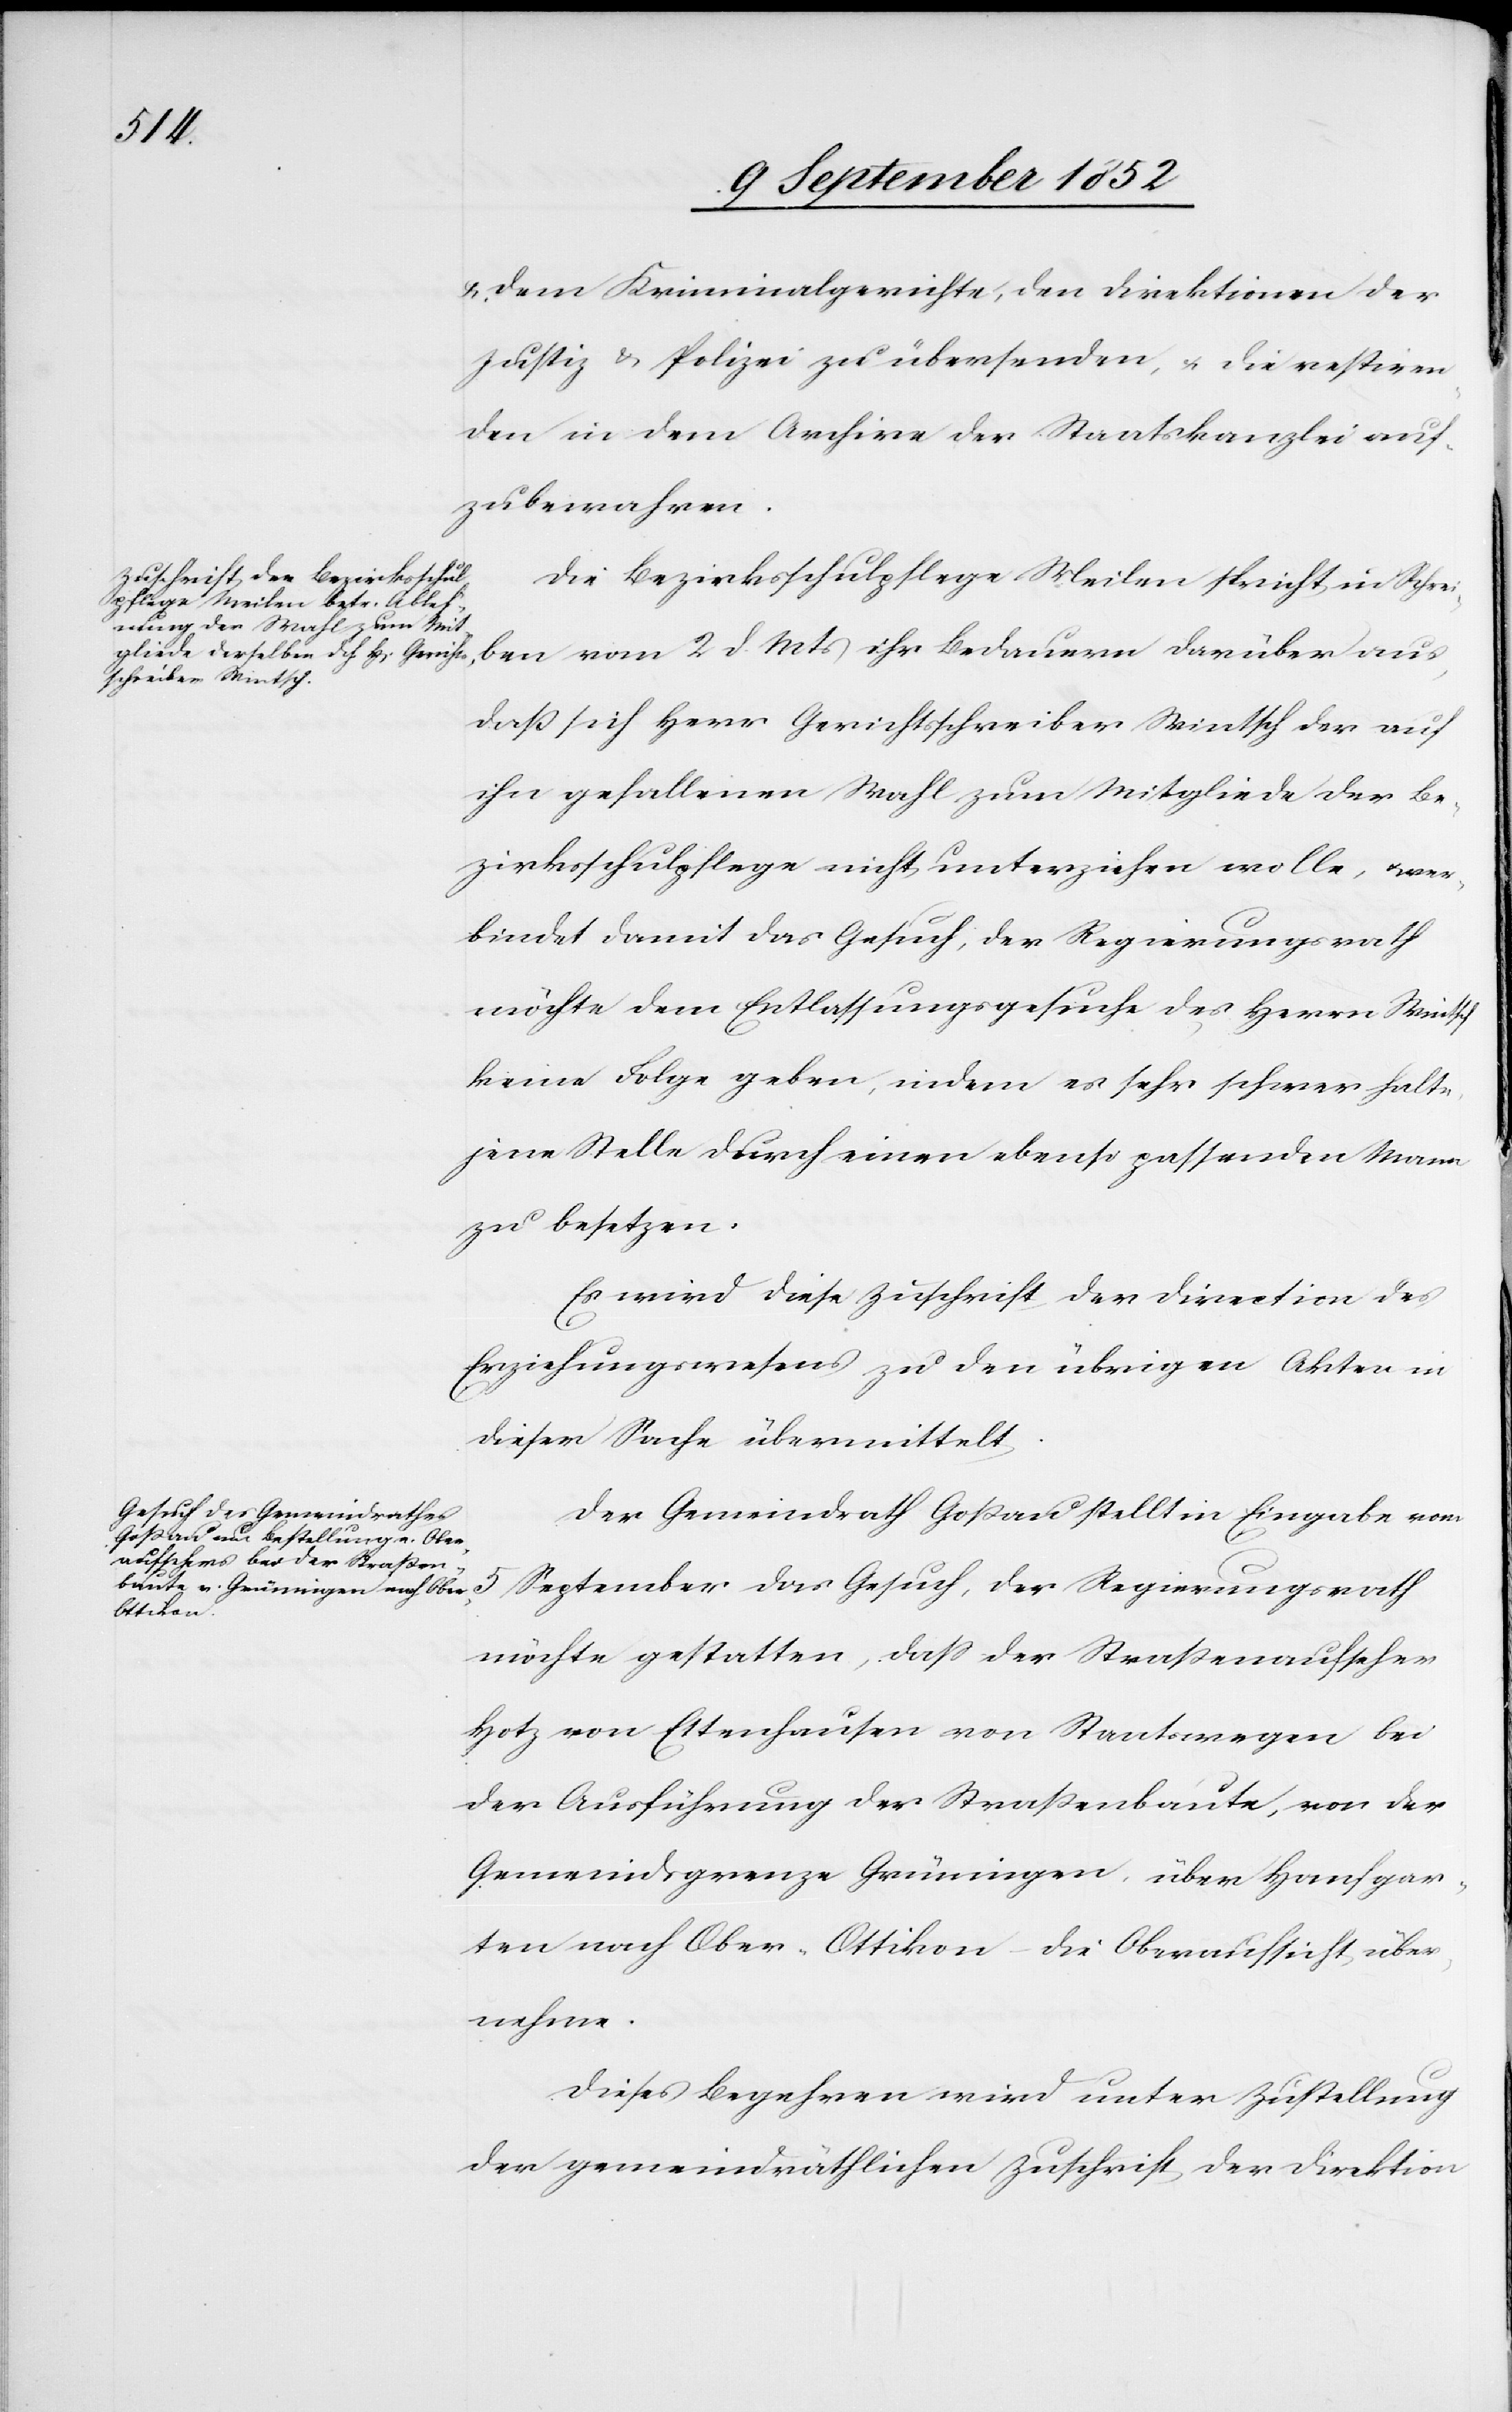
& dem Kriminalgerichte, den Direktionen der
Justiz & Polizei zu übersenden, & die restiren¬
den in dem Archive der Staatskanzlei auf¬
zubewahren.
Die Bezirksschulpflege Meilen spricht in Schrei¬
ben vom 2 d. Mts ihr Bedauern darüber aus,
daß sich Herr Gerichtsschreiber Wintsch der auf
ihn gefallenen Wahl zum Mitgliede der Be¬
zirksschulpflege nicht unterziehen wolle, & ver¬
bindet damit das Gesuch, der Regierungsrath
möchte dem Entlassungsgesuche des Herrn Wintsch
keine Folge geben, indem es sehr schwer halte,
jene Stelle durch einen ebenso passenden Mann
zu besetzen.
Es wird diese Zuschrift der Direction des
Erziehungswesens zu den übrigen Akten in
dieser Sache übermittelt.
Der Gemeindrath Goßau stellt in Eingabe vom
September
möchte gestatten, dass der Straßenaufseher
Hotz von Ettenhausen von Staatswegen bei
der Ausführung der Straßenbaute, von der
Gemeindsgrenze Grüningen, über Hanfgar¬
ten nach Ober-Ottikon – die Oberaufsicht über¬
nehme.
Dieses Begehren wird unter Zustellung
der gemeindräthlichen Zuschrift der Direktion